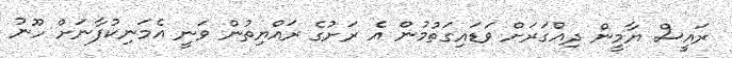
ރައީސް ޔާމީން ދިއްގަރަށް ވަޑައިގަތުމުން އެ ރަށުގެ ރައްޔިތުން ވަނީ އެމަނިކުފާނަށް ހޫނު